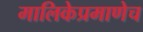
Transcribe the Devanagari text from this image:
मालिकेप्रमाणेच